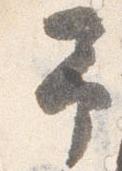
予